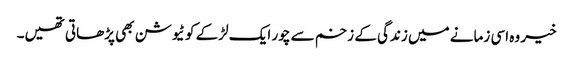
خیر وہ اسی زمانے میں زندگی کے زخم سے چور ایک لڑکے کو ٹیوشن بھی پڑھاتی تھیں۔